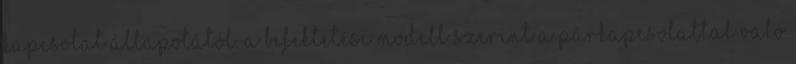
kapcsolat állapotától. A befektetési modell szerint a párkapcsolattal való